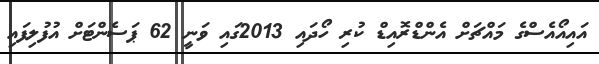
އައިއޯއެސްގެ މައްޗަށް އެންޑްރޮއިޑް ކުރި ހޯދައި 2013ގައި ވަނީ 62 ޕަސެންޓަށް އުފުލިފައި